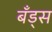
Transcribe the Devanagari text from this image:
बँड्स